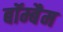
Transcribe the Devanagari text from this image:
बॉम्बैम